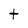
Character: t